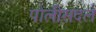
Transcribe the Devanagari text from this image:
पोलीसदले